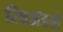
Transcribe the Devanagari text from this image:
रिचमंडसे